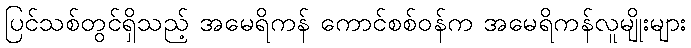
ပြင်သစ်တွင်ရှိသည့် အမေရိကန် ကောင်စစ်ဝန်က အမေရိကန်လူမျိုးများ